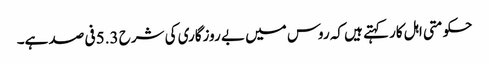
حکومتی اہل کار کہتے ہیں کہ روس میں بے روزگاری کی شرح 5.3 فی صد ہے۔